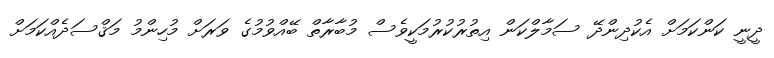
ދީނީ ކަންކަމަށް އެކުދިންދޭ ސަމާލްކަން އިތުުރުކުރުމަކީވެސް މުބާރާތް ބޭއްވުމުގެ ވަރަށް މުހިންމު މަޤްސަދެއްކަމަށް